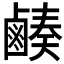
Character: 𪉮